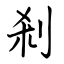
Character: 剎